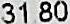
31.80